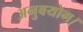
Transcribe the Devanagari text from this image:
अनुबयोग।